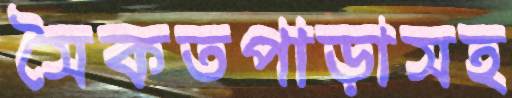
সৈকতপাড়াসহ